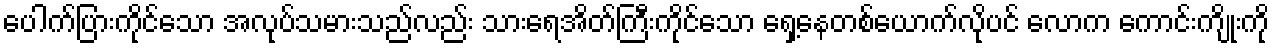
ပေါက်ပြားကိုင်သော အလုပ်သမားသည်လည်း သားရေအိတ်ကြီးကိုင်သော ရှေ့နေတစ်ယောက်လိုပင် လောက ကောင်းကျိုးကို